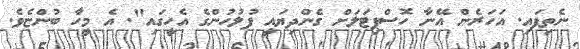
ނެތިފައި. އަހަރެން އޭނާ ހޮސްޕިޓަލަށް ގެންދިޔައީ ފުލުހުންގެ އެހީގައި". އެ މީހާ ބުންޏެވެ.